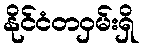
နိုင်ငံတဝှမ်းရှိ